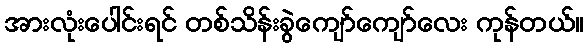
အားလုံးပေါင်းရင် တစ်သိန်းခွဲကျော်ကျော်လေး ကုန်တယ်။